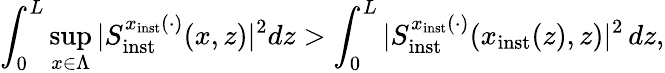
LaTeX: \int_{0}^{L}\operatorname*{sup}_{x\in\Lambda}\vert S_{\mathrm{inst}}^{x_{\mathrm{inst}}(\cdot)}(x,z)\vert^{2}dz>\int_{0}^{L}\vert S_{\mathrm{inst}}^{x_{\mathrm{inst}}(\cdot)}(x_{\mathrm{inst}}(z),z)\vert^{2}\, dz,